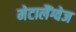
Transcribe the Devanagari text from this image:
मेटालैंग्वेज